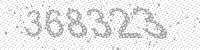
Solution: 368323